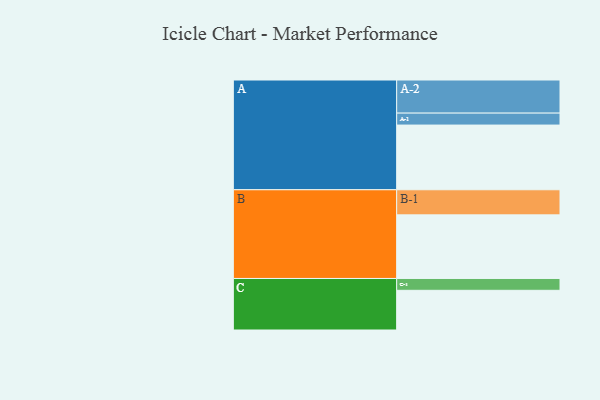
{"axis": {"x": "Segment", "y": "Value"}, "legend": ["", "A", "B", "C"], "data": [{"x": "A", "y": 541, "type": ""}, {"x": "B", "y": 532, "type": ""}, {"x": "C", "y": 332, "type": ""}, {"x": "A-1", "y": 100, "type": "A"}, {"x": "A-2", "y": 277, "type": "A"}, {"x": "B-1", "y": 210, "type": "B"}, {"x": "C-1", "y": 99, "type": "C"}]}